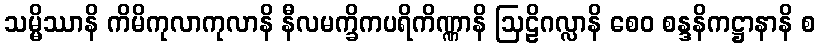
သမ္မိဿာနိ ကိမိကုလာကုလာနိ နီလမက္ခိကပရိကိဏ္ဏာနိ ဩဠိဂလ္လာနိ စေဝ စန္ဒနိကဋ္ဌာနာနိ စ